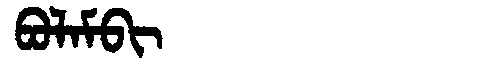
Manchu: ᠪᠣᠯᠠᠮᠪᡳ
Romanization: BOLAMBI